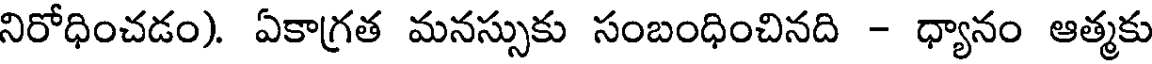
నిరోధించడం). ఏకాగ్రత మనస్సుకు సంబంధించినది - ధ్యానం ఆత్మకు